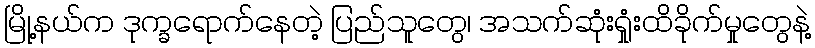
မြို့နယ်က ဒုက္ခရောက်နေတဲ့ ပြည်သူတွေ၊ အသက်ဆုံးရှုံးထိခိုက်မှုတွေနဲ့